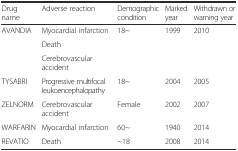
| Drug name | Adverse reaction | Demographic condition | Marked year | Withdrawn or warning year |
 | --- | --- | --- | --- | --- |
 | <ROWSPAN=3> AVANDIA | Myocardial infarction | <ROWSPAN=3> 18~ | <ROWSPAN=3> 1999 | <ROWSPAN=3> 2010 |
 | Death |
 | Cerebrovascular accident |
 | TYSABRI | Progressive multifocal leukoencephalopathy | 18~ | 2004 | 2005 |
 | ZELNORM | Cerebrovascular accident | Female | 2002 | 2007 |
 | WARFARIN | Myocardial infarction | 60~ | 1940 | 2014 |
 | REVATIO | Death | ~18 | 2008 | 2014 |